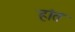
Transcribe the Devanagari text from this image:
हांत